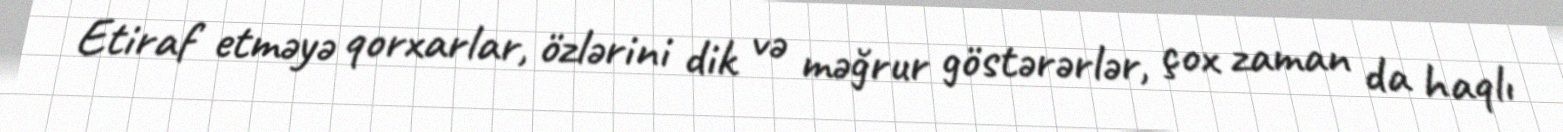
Etiraf etməyə qorxarlar, özlərini dik və məğrur göstərərlər, çox zaman da haqlı